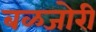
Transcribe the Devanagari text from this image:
बळजोरी